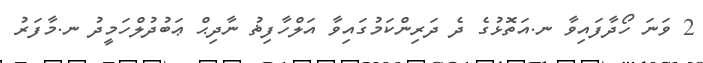
2 ވަނަ ހޯދާފައިވާ ނ.އަތޮޅުގެ ދެ ދަރިންކަމުގައިވާ އަލްހާފިޡު ނާދިޙް ޢަބުދުލްހަމީދު ނ.މާފަރު